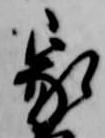
家